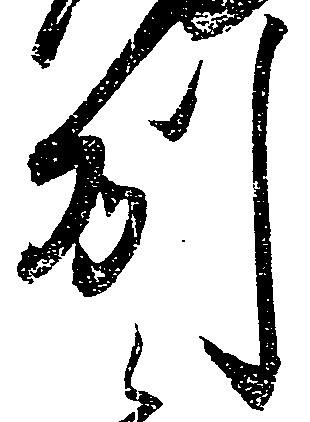
州